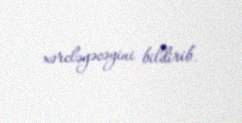
xərcləyəcəyini bildirib.